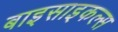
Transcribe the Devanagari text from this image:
बाइसाइकल्स